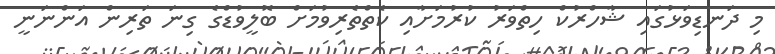
މި ދަނޑިވަޅުގައި ޝާހްރުކް ހިތްވަރު ކުރުމަށާއި ކެތްތެރިވުމަށް ބޮލީވުޑްގެ ގިނަ ތަރިން އަންނަނީ